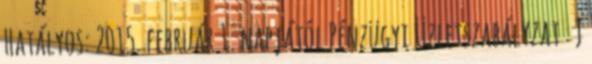
Hatályos: 2015. február 1. napjától Pénzügyi Üzletszabályzat J